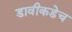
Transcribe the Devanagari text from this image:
डावीकडेच